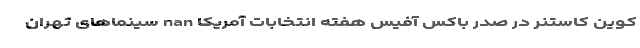
کوین کاستنر در صدر باکس آفیس هفته انتخابات آمریکا nan سینماهای تهران